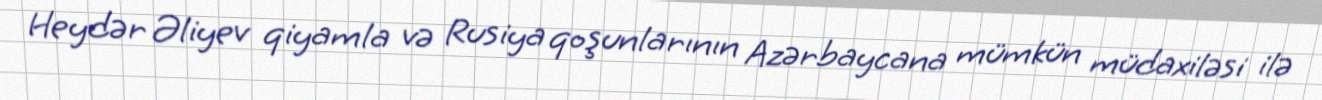
Heydər Əliyev qiyamla və Rusiya qoşunlarının Azərbaycana mümkün müdaxiləsi ilə